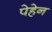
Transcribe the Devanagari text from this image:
पेहेन